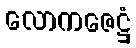
လောကဇေဋ္ဌံ